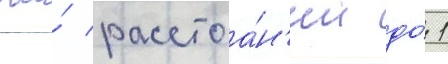
На́ расстоа́н'ии до́ 1